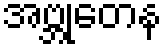
အဗ္ဘုတေန